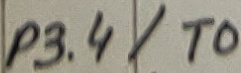
Text: P3.4/T0